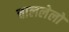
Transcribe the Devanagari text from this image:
चाललेलो